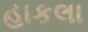
હાકલા